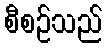
စီစဉ်သည်